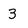
Character: 3